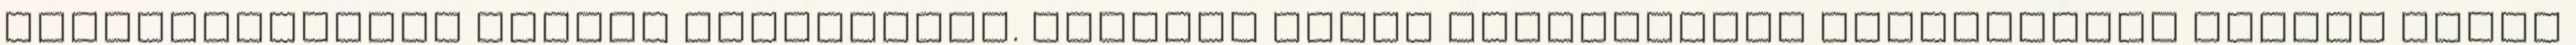
Magyarországot minden alkalommal. Szerzői jogok Adatvédelmi nyilatkozat Áldott békés